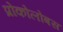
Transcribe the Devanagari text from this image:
प्रोकोलोबस